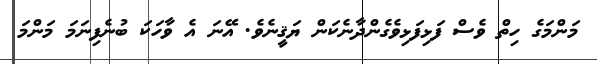
މަންމަގެ ހިތް ވެސް ފަޅިފަޅިވެގެންދާނެކަން ޔަޤީނެވެ. އޭނަ އެ ވާހަކަ ބުނެފިނަމަ މަންމަ